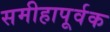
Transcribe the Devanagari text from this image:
समीहापूर्वक